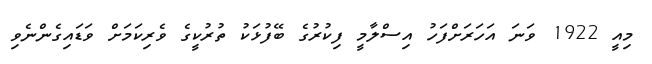
މިއީ 1922 ވަނަ އަހަރަށްފަހު އިސްލާމީ ފިކުރުގެ ބޭފުޅަކު ތުރުކީގެ ވެރިކަމަށް ވަޑައިގެންނެވި